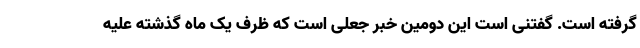
گرفته است. گفتنی است این دومین خبر جعلی است که ظرف یک ماه گذشته علیه